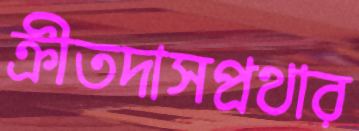
ক্রীতদাসপ্রথার